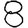
Digit: 8